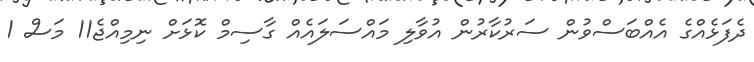
ދެފަޅެއްގެ އެއްބަސްވުން ސަރުކާރުން އުވާލި މައްސަލައެއް ގާސިމް ކޮޅަށް ނިމިއްޖެ11 މަސް 1